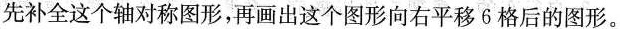
先补全这个轴对称图形，再画出这个图形向右平移6格后的图形。